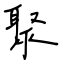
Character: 聚